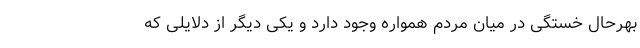
بهرحال خستگی در میان مردم همواره وجود دارد و یکی دیگر از دلایلی که